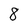
Character: 8